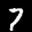
Label: 7